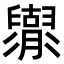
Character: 𦦬